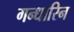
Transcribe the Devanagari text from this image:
गन्धारिन